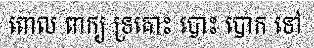
ពោល ពាក្យ ទ្រគោះ បោះ បោក ទៅ